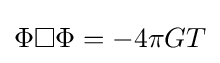
\Phi \square \Phi =-4\pi GT